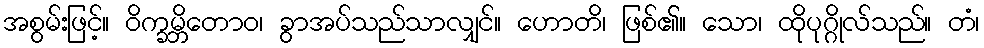
အစွမ်းဖြင့်။ ဝိက္ခမ္ဘိတောဝ၊ ခွာအပ်သည်သာလျှင်။ ဟောတိ၊ ဖြစ်၏။ သော၊ ထိုပုဂ္ဂိုလ်သည်။ တံ၊